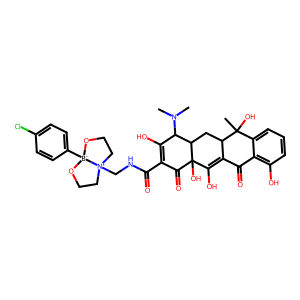
SMILES: CN(C)C1C(O)=C(C(=O)NC[N+]23CCO[B-]2(c2ccc(Cl)cc2)OCC3)C(=O)C2(O)C(O)=C3C(=O)c4c(O)cccc4C(C)(O)C3CC12
Inhibits HIV replication: No